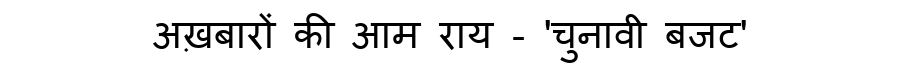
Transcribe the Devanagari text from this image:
अख़बारों की आम राय - 'चुनावी बजट'